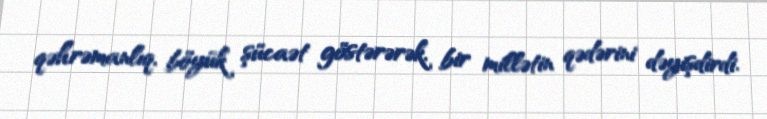
qəhrəmanlıq, böyük şücaət göstərərək, bir millətin qədərini dəyişdirdi.